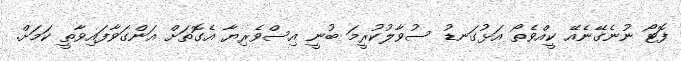
ފޮޓޯ ނުނެގޭނެއޭ ކީއްވެތޯ އަޅުގަނޑު ސުވާލުކުރީމަ ބުނީ އިސްވެރިޔާ އެގޮތަށް އަންގަވާފައިވާތީ ކަމަށް.